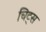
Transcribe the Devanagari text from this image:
चिट्स